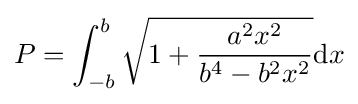
P=\int _{-b}^{b}{\sqrt {1+{\frac {a^{2}x^{2}}{b^{4}-b^{2}x^{2}}}}}\mathrm {d} x